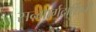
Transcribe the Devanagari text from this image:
सन्मार्गदार्शिनी